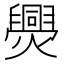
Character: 爂